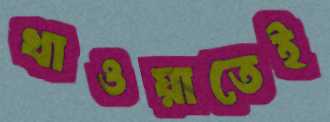
খাওয়াতেই